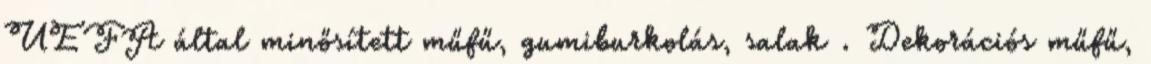
UEFA által minősített műfű, gumiburkolás, salak . Dekorációs műfű,